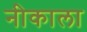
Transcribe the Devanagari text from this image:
नीकाला